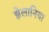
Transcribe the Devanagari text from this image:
झेलानिया